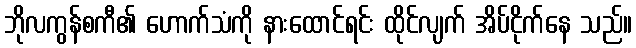
ဘိုလကွန်စကီ၏ ဟောက်သံကို နားထောင်ရင်း ထိုင်လျက် အိပ်ငိုက်နေ သည်။